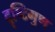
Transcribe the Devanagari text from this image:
दृष्टिगुण